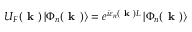
U _ { F } ( \textbf { k } ) \left| \Phi _ { n } ( \textbf { k } ) \right\rangle = e ^ { i \varepsilon _ { n } ( \textbf { k } ) L } \left| \Phi _ { n } ( \textbf { k } ) \right\rangle